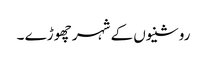
روشنیوں کے شہر چھوڑے ۔